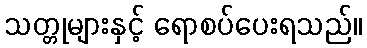
သတ္တုများနှင့် ရောစပ်ပေးရသည်။